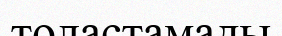
толастамады